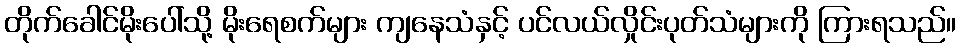
တိုက်ခေါင်မိုးပေါ်သို့ မိုးရေစက်များ ကျနေသံနှင့် ပင်လယ်လှိုင်းပုတ်သံများကို ကြားရသည်။